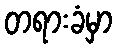
တရားခံမှာ